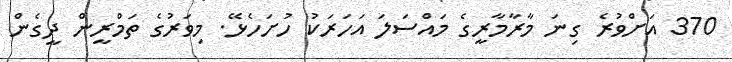
370 އަށްވުރެ ގިނަ މާރާމާރީގެ މައްސަލަ އަހަރަކު ހުށަހެޅޭ. މިވަރުގެ ތަމްރީން ދީގެން